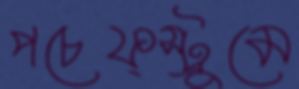
পচেফ্স্ট্রুমে